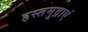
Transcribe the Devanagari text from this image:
हस्तमुद्राएं